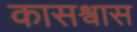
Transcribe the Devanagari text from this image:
कासश्वास